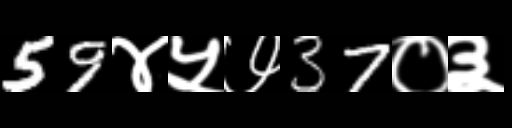
Text: 59४५७37०३